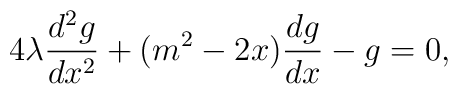
4\lambda\frac{d^2g}{dx^2}+(m^2-2x)\frac{dg}{dx}-g=0,